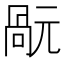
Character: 𠹬